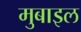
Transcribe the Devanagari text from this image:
मुबाइल